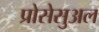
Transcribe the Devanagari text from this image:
प्रोसेसुअल